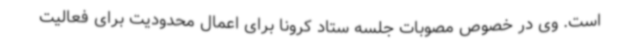
است. وی در خصوص مصوبات جلسه ستاد کرونا برای اعمال محدودیت برای فعالیت